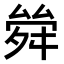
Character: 𠬂